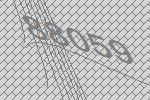
88059